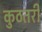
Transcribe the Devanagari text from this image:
कुठतरी